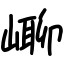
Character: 㟹